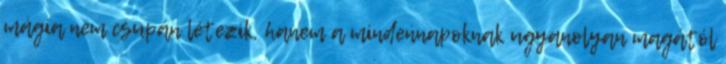
mágia nem csupán létezik, hanem a mindennapoknak ugyanolyan magától